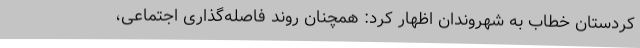
کردستان خطاب به شهروندان اظهار کرد: همچنان روند فاصله‌گذاری اجتماعی،